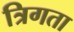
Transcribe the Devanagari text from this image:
त्रिगता